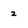
Character: 2